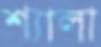
শ্যালা